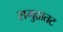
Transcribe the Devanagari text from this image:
समुद्रातट